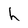
Character: h